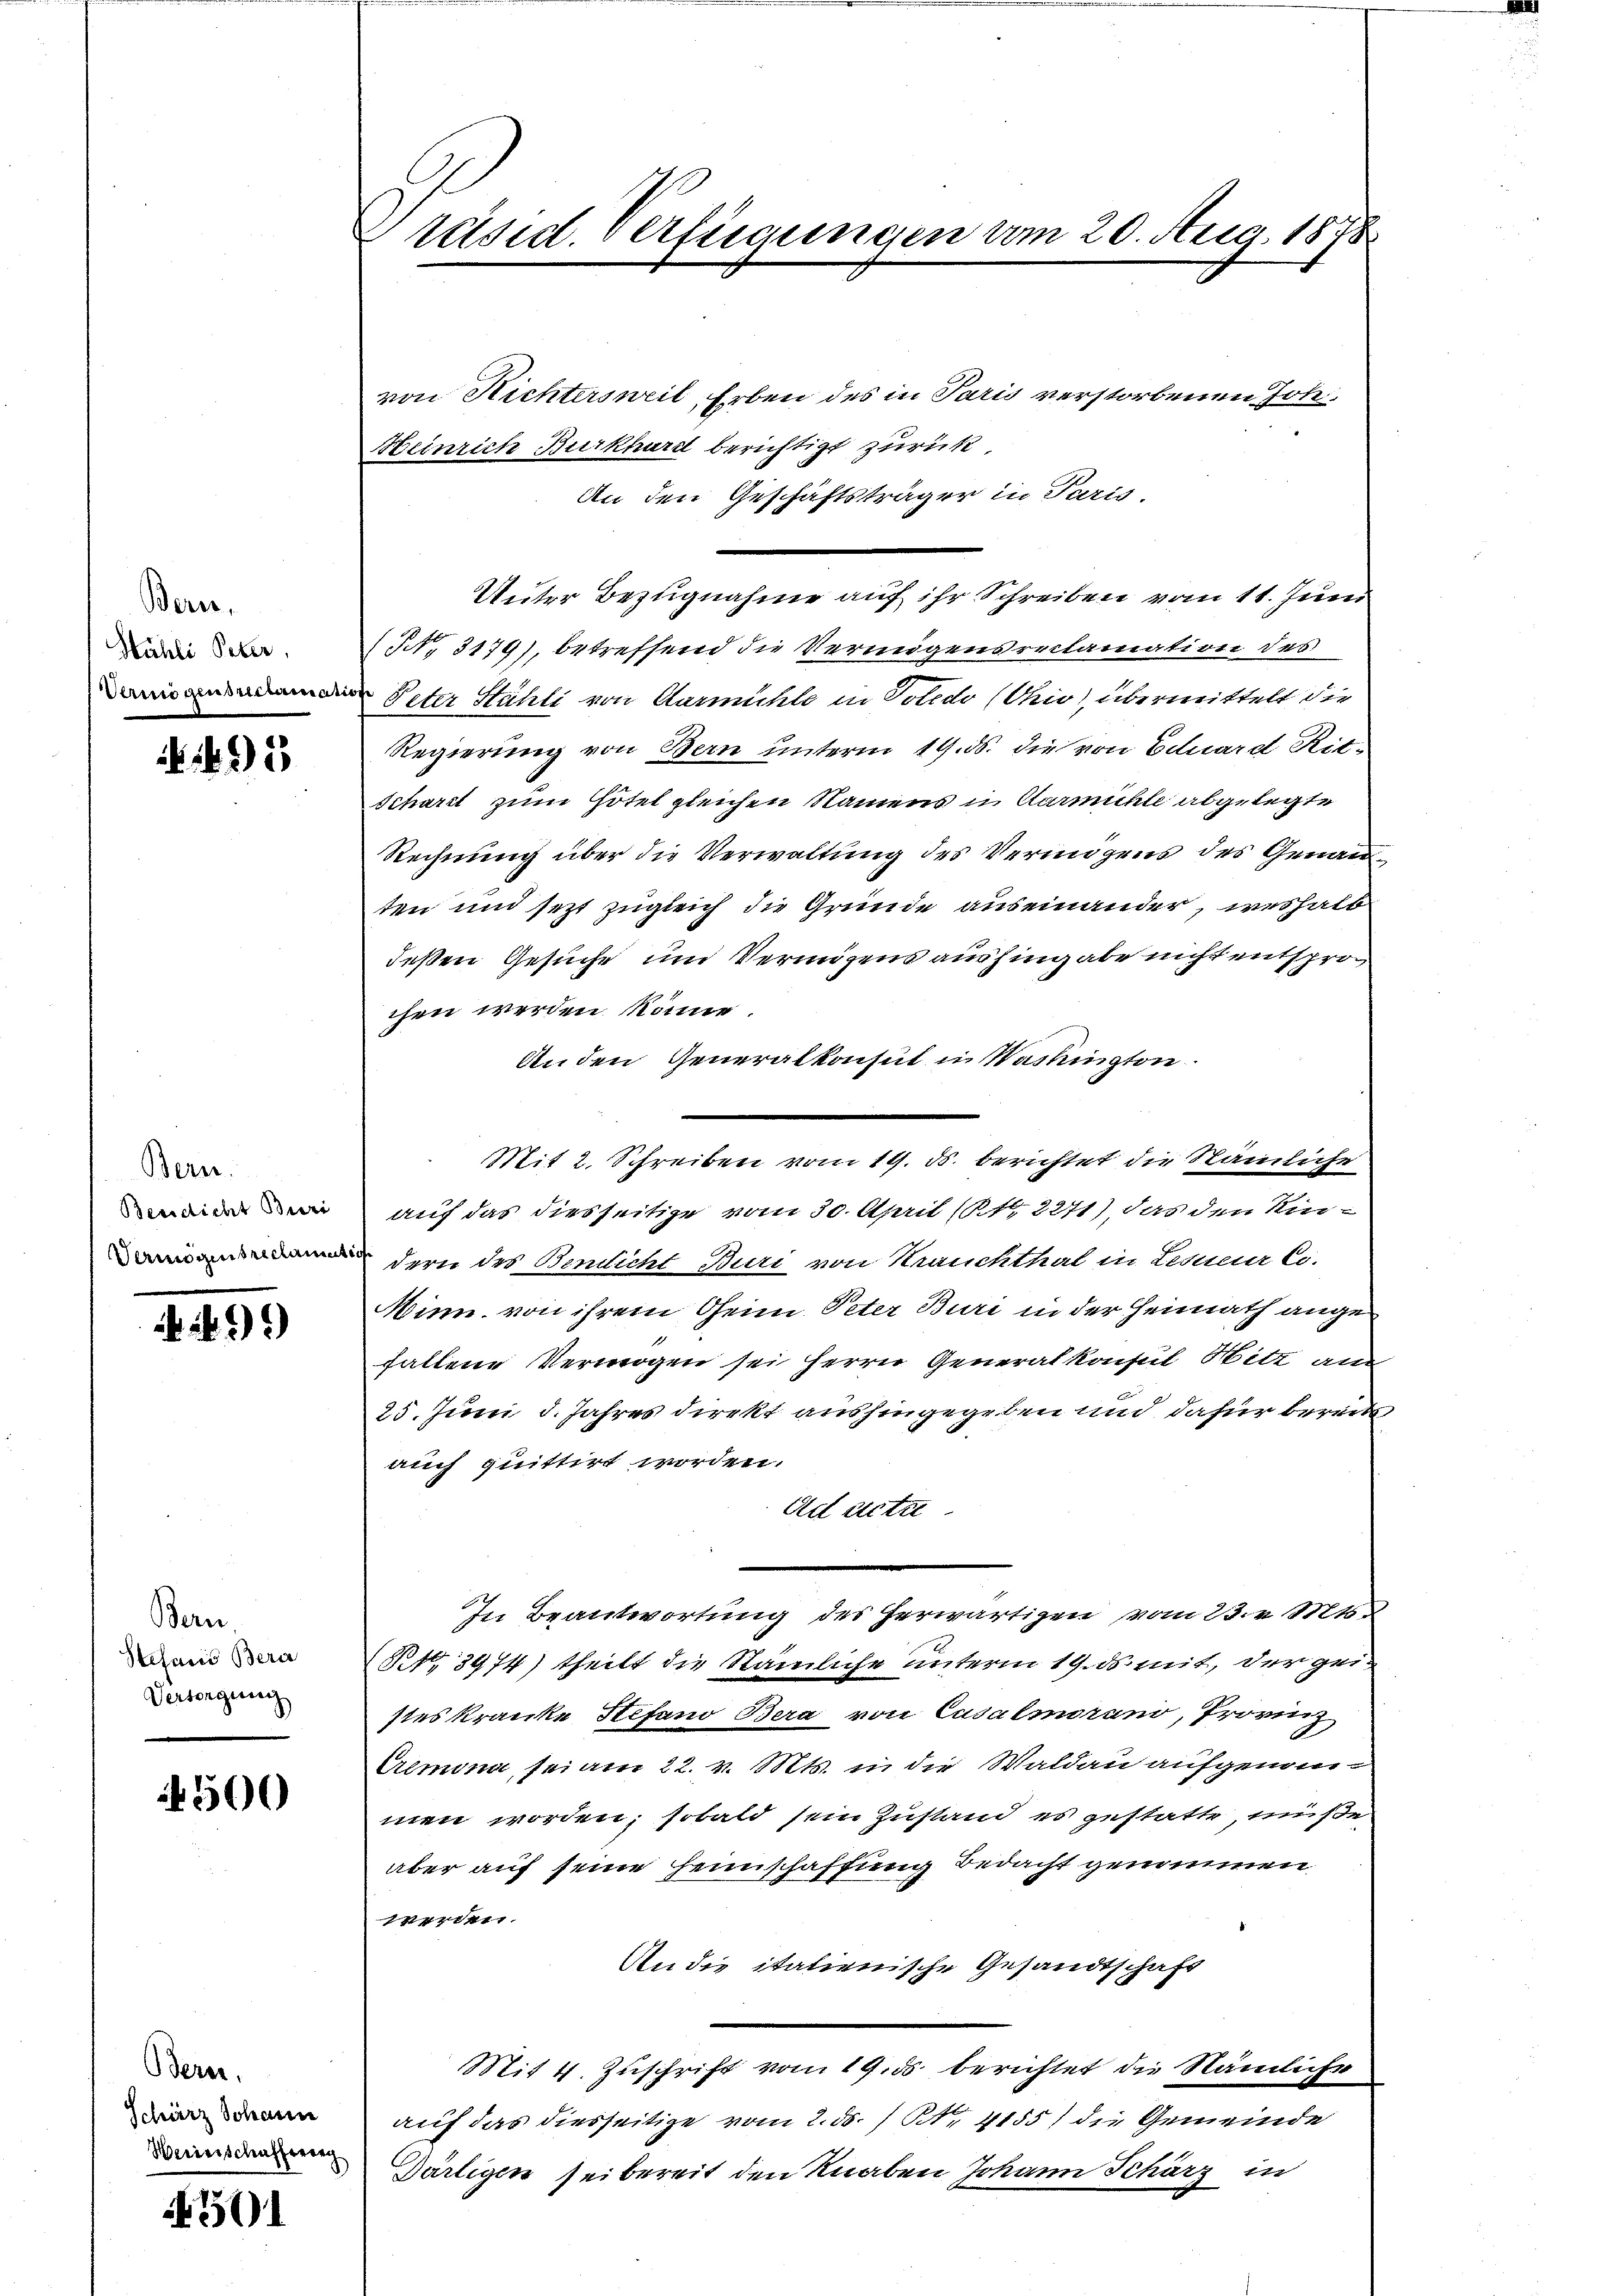
Bern.
Hähli Peter,

495

Bern.
Benedicht Bere
Vermögensreclamat

29)

Bern.
Stefanis Bera
Versorgung

500

Bere
Schärz Johann
Herierschafferung

501

Präsid. Verfügungen um 20. Aug. 1878

von Richtersweil Erben des in Paris verstorbenen Joh.
Heinrich Burkhard berichtigt zurück
An den Geschäftsträger in Paris
Unter Bezugnahme auf ihr Schreiben vom 11. Juni
NNo. 3179), betreffend die Vermögensreclamation des
i Peter Stühli von Aarmühle in Solido (Uri), übermittelt die
Regierung von Bern unterm 19. ds. die von Eduard Rit-
Schardt zum Hotel gleichen Namens in Aarmühle abgelegte
Rechnung über die Verwaltung des Vermögens des Genau
ten und sezt zugleich die Gründe auseinander, weshalb
deßen Gesuche und Vermögens aushingabe nicht entsprochen werden könne.
Anden Generalkonsul in Washington.
Mit 2. Schreiben vom 19. ds. berichtet die Stämmliche
auf das diesseitige vom 30. April (t 2271), das den Kindern des Bericht Buri von Krauchthal in Lesueur Co
Minn, von ihrem Oheim Peter Buri in der Heimath ange
fallene Vermögen sei Herrn Generalkonsul Hitz am
25. Juni d. Jahres direkt aushingegeben und dafür bereits
auch quittirt worden.
Ad setze
In Beantwortung des herwärtigen vom 23. v. Mts.
2103974) theilt die Stämmliche unterm 19. ds. mit, der geistes Kranke Stefand Bera von Cusalmorano, Provinz
Cremona sei am 22. v. Mts. in die Waldau aufgenom-
men worden; sobald sein Zustand es gestatte, müße
aber auf seine Heimschaffung Bedacht genommen.
werden.
An die italienische Gesandtschaft
Mit 4. Zuschrift vom 19. ds. berichtet die Nämliche
auf das diesseitige vom 2. ds. / Nr 4155) die Gemeinde
Därtigen sei bereit den Knaben Johann Schärz in